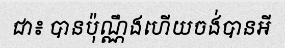
ជា៖ បានប៉ុណ្ណឹងហើយចង់បានអី